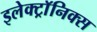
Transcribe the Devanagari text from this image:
इलेक्ट्राॅनिक्स